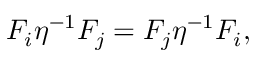
F _ { i } \eta ^ { - 1 } F _ { j } = F _ { j } \eta ^ { - 1 } F _ { i } ,